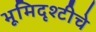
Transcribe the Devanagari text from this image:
भूमिदृश्टीचे